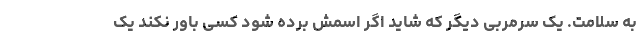
به سلامت. یک سرمربی دیگر که شاید اگر اسمش برده شود کسی باور نکند یک